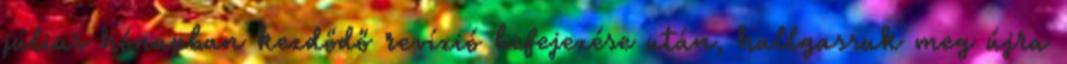
július hónapban kezdődő revízió befejezése után, hallgassuk meg újra